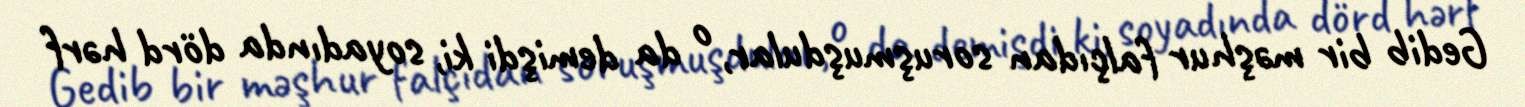
Gedib bir məşhur falçıdan soruşmuşdular, o da demişdi ki, soyadında dörd hərf